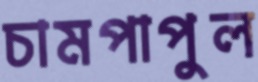
চামপাপুল